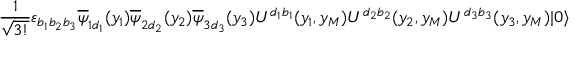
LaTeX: \frac { 1 } { \sqrt { 3 ! } } \varepsilon _ { b _ { 1 } b _ { 2 } b _ { 3 } } \overline { { { \psi } } } _ { 1 d _ { 1 } } ( y _ { 1 } ) \overline { { { \psi } } } _ { 2 d _ { 2 } } ( y _ { 2 } ) \overline { { { \psi } } } _ { 3 d _ { 3 } } ( y _ { 3 } ) U ^ { d _ { 1 } b _ { 1 } } ( y _ { 1 } , y _ { M } ) U ^ { d _ { 2 } b _ { 2 } } ( y _ { 2 } , y _ { M } ) U ^ { d _ { 3 } b _ { 3 } } ( y _ { 3 } , y _ { M } ) | 0 \rangle